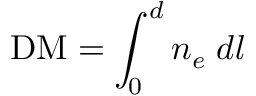
\mathrm { D M } = \int _ { 0 } ^ { d } { n _ { e } \; d l }